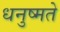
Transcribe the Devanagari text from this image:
धनुष्मते